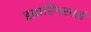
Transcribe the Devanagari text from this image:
इब्राहिमसाठी